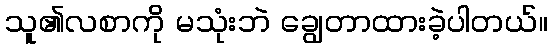
သူ၏လစာကို မသုံးဘဲ ချွေတာထားခဲ့ပါတယ်။